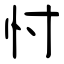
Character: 忖